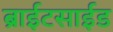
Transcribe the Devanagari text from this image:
ब्राईटसाईड